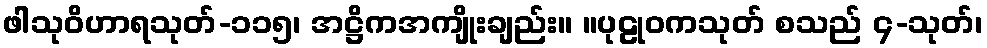
ဖါသုဝိဟာရသုတ်-၁၁၅၊ အဋ္ဌိကအကျိုးချည်း။ ။ပုဠုဝကသုတ် စသည် ၄-သုတ်၊